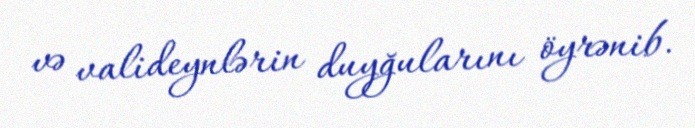
və valideynlərin duyğularını öyrənib.